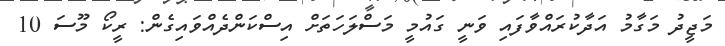
މަޖީދު މަގާމު އަދާކުރައްވާފައި ވަނީ ގައުމީ މަސްލަހަތަށް އިސްކަންދެއްވައިގެން: ރީކޯ މޫސަ 10